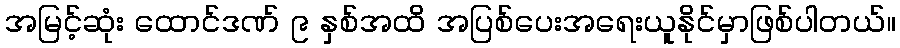
အမြင့်ဆုံး ထောင်ဒဏ် ၉ နှစ်အထိ အပြစ်ပေးအရေးယူနိုင်မှာဖြစ်ပါတယ်။